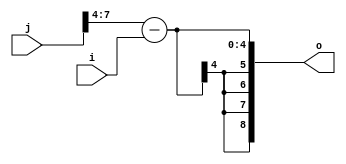
module wreduce_sub_test(input [3:0] i, input [7:0] j, output [8:0] o);
    assign o = (j >> 4) - i;
endmodule